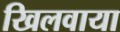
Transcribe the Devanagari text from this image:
खिलवाया